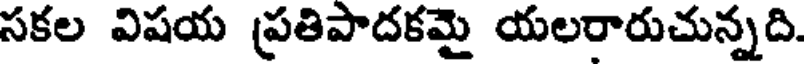
సకల విషయ ప్రతిపాదకమై యలరారుచున్నది.